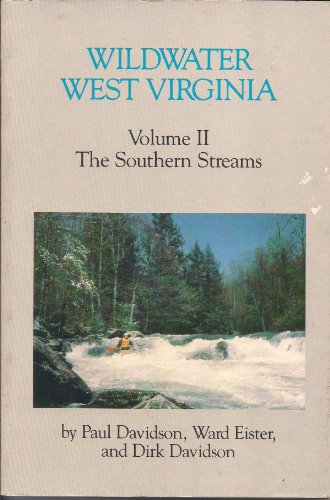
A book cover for Wildwater West Virginia; Paul Davidson; Travel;